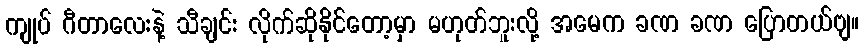
ကျုပ် ဂီတာလေးနဲ့ သီချင်း လိုက်ဆိုနိုင်တော့မှာ မဟုတ်ဘူးလို့ အမေက ခဏ ခဏ ပြောတယ်ဗျ။